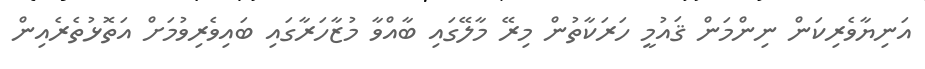
އަނިޔާވެރިކަން ނިންމަން ޤައުމީ ހަރަކާތުން މިރޭ މާލޭގައި ބާއްވާ މުޒާހަރާގައި ބައިވެރިވުމަށް އަތޮޅުތެރެއިން